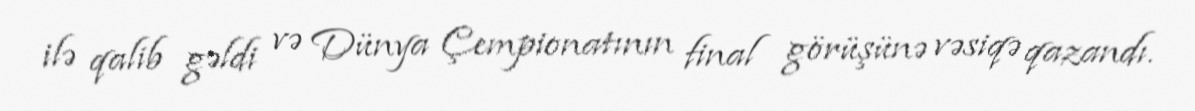
ilə qalib gəldi və Dünya Çempionatının final görüşünə vəsiqə qazandı.